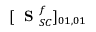
[ \mathrm { ~ \bf ~ S ~ } _ { S C } ^ { f } ] _ { 0 1 , 0 1 }